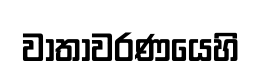
වාතාවරණයෙහි